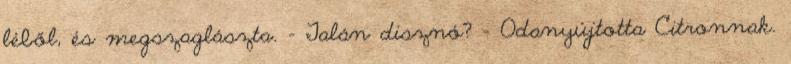
léből, és megszaglászta. - Talán disznó? - Odanyújtotta Citronnak.